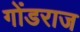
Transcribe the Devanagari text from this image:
गोंडराज